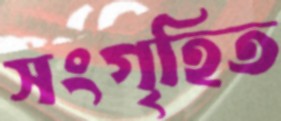
সংগৃহিত